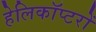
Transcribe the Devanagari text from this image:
हेलिकाॅप्टरों